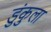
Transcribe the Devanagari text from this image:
डुंकुला